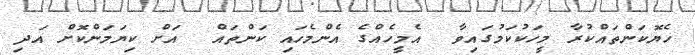
ހެޔޮކަންތައްކުރާ މީހަކުކަމުގައިވާ  އެމީހެއްގެ އެންމެހައި ކަންތައް  އަށް ކިޔަމަންކޮށް އަދި